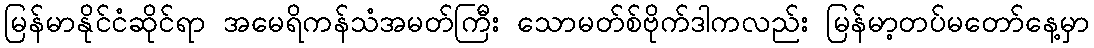
မြန်မာနိုင်ငံဆိုင်ရာ အမေရိကန်သံအမတ်ကြီး သောမတ်စ်ဗိုက်ဒါကလည်း မြန်မာ့တပ်မတော်နေ့မှာ